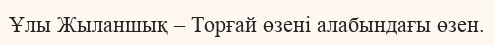
Ұлы Жыланшық – Торғай өзені алабындағы өзен.